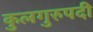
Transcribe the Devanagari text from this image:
कुलगुरुपदी